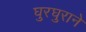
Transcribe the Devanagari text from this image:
घुरघुराने